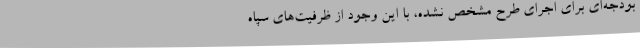
بودجه‌ای برای اجرای طرح مشخص نشده، با این وجود از ظرفیت‌های سپاه